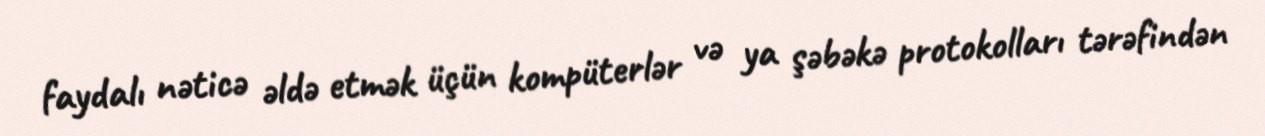
faydalı nəticə əldə etmək üçün kompüterlər və ya şəbəkə protokolları tərəfindən